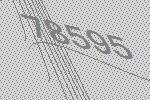
78595